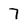
Character: 7